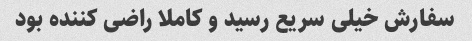
سفارش خیلی سریع رسید و کاملا راضی کننده بود